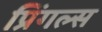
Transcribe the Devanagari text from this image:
प्रिंगल्स